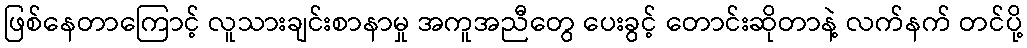
ဖြစ်နေတာကြောင့် လူသားချင်းစာနာမှု အကူအညီတွေ ပေးခွင့် တောင်းဆိုတာနဲ့ လက်နက် တင်ပို့